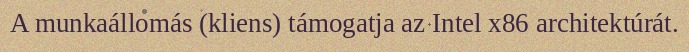
A munkaállomás (kliens) támogatja az Intel x86 architektúrát.